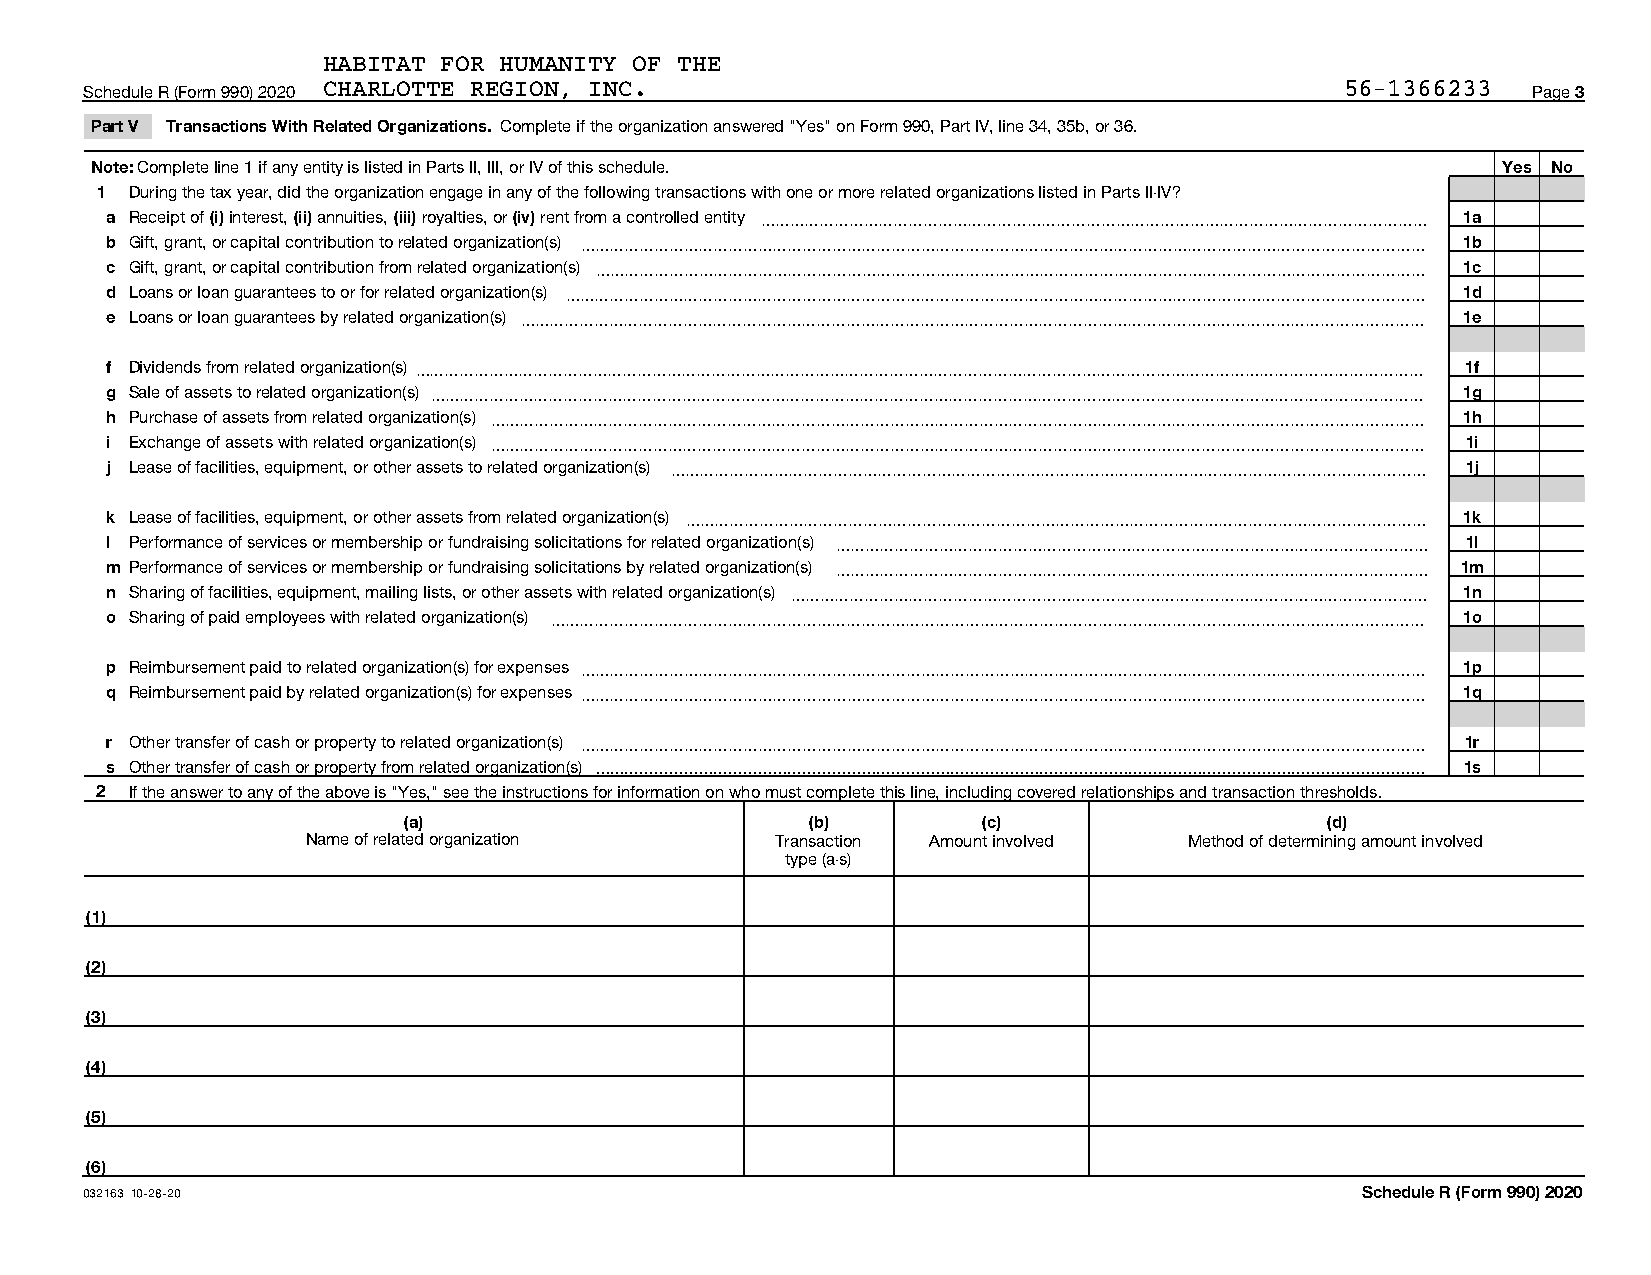
HABITAT FOR HUMANITY OF THE
 Schedule R (Form 990) 2020 CHARLOTTE REGION, INC.                                  56-1366233  Page 3
 Part V Transactions With Related Organizations. Complete if the organization answered "Yes" on Form 990, Part IV, line 34, 35b, or 36.
 Note: Complete line 1 if any entity is listed in Parts II, III, or IV of this schedule.      Yes No
 1  During the tax year, did the organization engage in any of the following transactions with one or more related organizations listed in Parts II-IV?
 a Receipt of (i) interest, (ii) annuities, (iii) royalties, or (iv) rent from a controlled entity ~~~~~~~~~~~~~~~~~~~~~~~~~~~~~~~~~~~~~~~~~~~~~ 1a
 b Gift, grant, or capital contribution to related organization(s) ~~~~~~~~~~~~~~~~~~~~~~~~~~~~~~~~~~~~~~~~~~~~~~~~~~~~~~~~~ 1b
 c Gift, grant, or capital contribution from related organization(s) ~~~~~~~~~~~~~~~~~~~~~~~~~~~~~~~~~~~~~~~~~~~~~~~~~~~~~~~~ 1c
 d Loans or loan guarantees to or for related organization(s) ~~~~~~~~~~~~~~~~~~~~~~~~~~~~~~~~~~~~~~~~~~~~~~~~~~~~~~~~~~ 1d
 e Loans or loan guarantees by related organization(s) ~~~~~~~~~~~~~~~~~~~~~~~~~~~~~~~~~~~~~~~~~~~~~~~~~~~~~~~~~~~~~ 1e
 f Dividends from related organization(s)~~~~~~~~~~~~~~~~~~~~~~~~~~~~~~~~~~~~~~~~~~~~~~~~~~~~~~~~~~~~~~~~~~~~ 1f
 g Sale of assets to related organization(s) ~~~~~~~~~~~~~~~~~~~~~~~~~~~~~~~~~~~~~~~~~~~~~~~~~~~~~~~~~~~~~~~~~~~ 1g
 h Purchase of assets from related organization(s) ~~~~~~~~~~~~~~~~~~~~~~~~~~~~~~~~~~~~~~~~~~~~~~~~~~~~~~~~~~~~~~~ 1h
 i Exchange of assets with related organization(s) ~~~~~~~~~~~~~~~~~~~~~~~~~~~~~~~~~~~~~~~~~~~~~~~~~~~~~~~~~~~~~~~ 1i
 j Lease of facilities, equipment, or other assets to related organization(s) ~~~~~~~~~~~~~~~~~~~~~~~~~~~~~~~~~~~~~~~~~~~~~~~~~~~ 1j
 k Lease of facilities, equipment, or other assets from related organization(s) ~~~~~~~~~~~~~~~~~~~~~~~~~~~~~~~~~~~~~~~~~~~~~~~~~~ 1k
 l Performance of services or membership or fundraising solicitations for related organization(s) ~~~~~~~~~~~~~~~~~~~~~~~~~~~~~~~~~~~~~~~~ 1l
 m Performance of services or membership or fundraising solicitations by related organization(s) ~~~~~~~~~~~~~~~~~~~~~~~~~~~~~~~~~~~~~~~~ 1m
 n Sharing of facilities, equipment, mailing lists, or other assets with related organization(s) ~~~~~~~~~~~~~~~~~~~~~~~~~~~~~~~~~~~~~~~~~~~ 1n
 o Sharing of paid employees with related organization(s) ~~~~~~~~~~~~~~~~~~~~~~~~~~~~~~~~~~~~~~~~~~~~~~~~~~~~~~~~~~~ 1o
 p Reimbursement paid to related organization(s) for expenses ~~~~~~~~~~~~~~~~~~~~~~~~~~~~~~~~~~~~~~~~~~~~~~~~~~~~~~~~~ 1p
 q Reimbursement paid by related organization(s) for expenses ~~~~~~~~~~~~~~~~~~~~~~~~~~~~~~~~~~~~~~~~~~~~~~~~~~~~~~~~~ 1q
 r Other transfer of cash or property to related organization(s) ~~~~~~~~~~~~~~~~~~~~~~~~~~~~~~~~~~~~~~~~~~~~~~~~~~~~~~~~~ 1r
 s Other transfer of cash or property from related organization(s)  1s
 2  If the answer to any of the above is "Yes," see the instructions for information on who must complete this line, including covered relationships and transaction thresholds.
 (a)                        (b)        (c)                    (d)
 Name of related organization   Transaction Amount involved Method of determining amount involved
 type (a-s)
 (1)
 (2)
 (3)
 (4)
 (5)
 (6)
 032163 10-28-20                                                                     Schedule R (Form 990) 2020